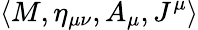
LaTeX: \left<M,\eta_{\mu\nu},A_{\mu},J^{\mu}\right>